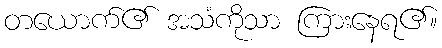
တယောက်၏ အသံကိုသာ ကြားနေရ၏။